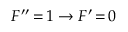
F ^ { \prime \prime } \, { = } \, 1 \rightarrow F ^ { \prime } \, { = } \, 0